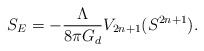
LaTeX: \begin{align*}S_{E} = - \frac{\Lambda}{8\pi G_{d}} V_{2n+1}(S^{2n+1}).\end{align*}